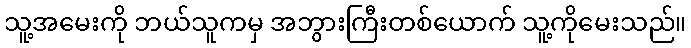
သူ့အမေးကို ဘယ်သူကမှ အဘွားကြီးတစ်ယောက် သူ့ကိုမေးသည်။